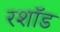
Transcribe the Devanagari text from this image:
रशॉड